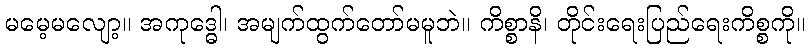
မမေ့မလျော့။ အကုဒ္ဓေါ၊ အမျက်ထွက်တော်မမူဘဲ။ ကိစ္စာနိ၊ တိုင်းရေးပြည်ရေးကိစ္စကို။